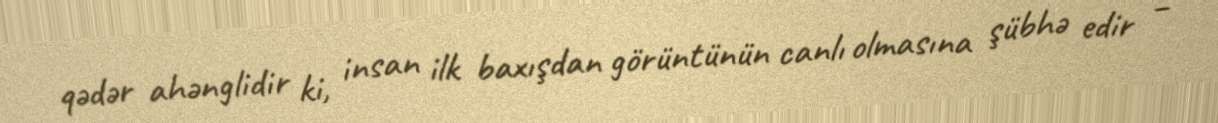
qədər ahənglidir ki, insan ilk baxışdan görüntünün canlı olmasına şübhə edir –